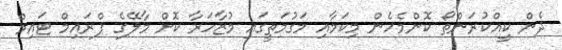
ދެން ކީއްކުރަންތޯ ކޮންމެހެން މިކަމާއި މަގުމަތީގައި މުޒާހަރާ ކޮށް މާލޭގެ ޕްރައިމް ޓައިމް